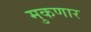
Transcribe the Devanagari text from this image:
मुकणार